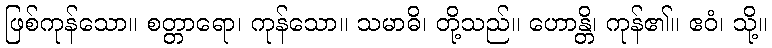
ဖြစ်ကုန်သော။ စတ္တာရော၊ ကုန်သော။ သမာဓိ၊ တို့သည်။ ဟောန္တိ၊ ကုန်၏။ ဧဝံ၊ သို့။